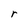
Character: r